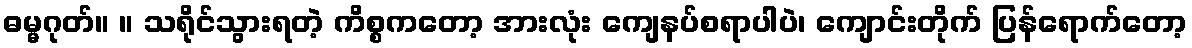
ဓမ္မဂုတ်။ ။ သရိုင်သွားရတဲ့ ကိစ္စကတော့ အားလုံး ကျေနပ်စရာပါပဲ၊ ကျောင်းတိုက် ပြန်ရောက်တော့